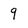
Character: q